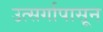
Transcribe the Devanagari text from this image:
उत्सर्गापासून